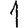
Digit: 1